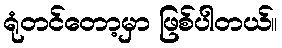
ရုံတင်တော့မှာ ဖြစ်ပါတယ်။